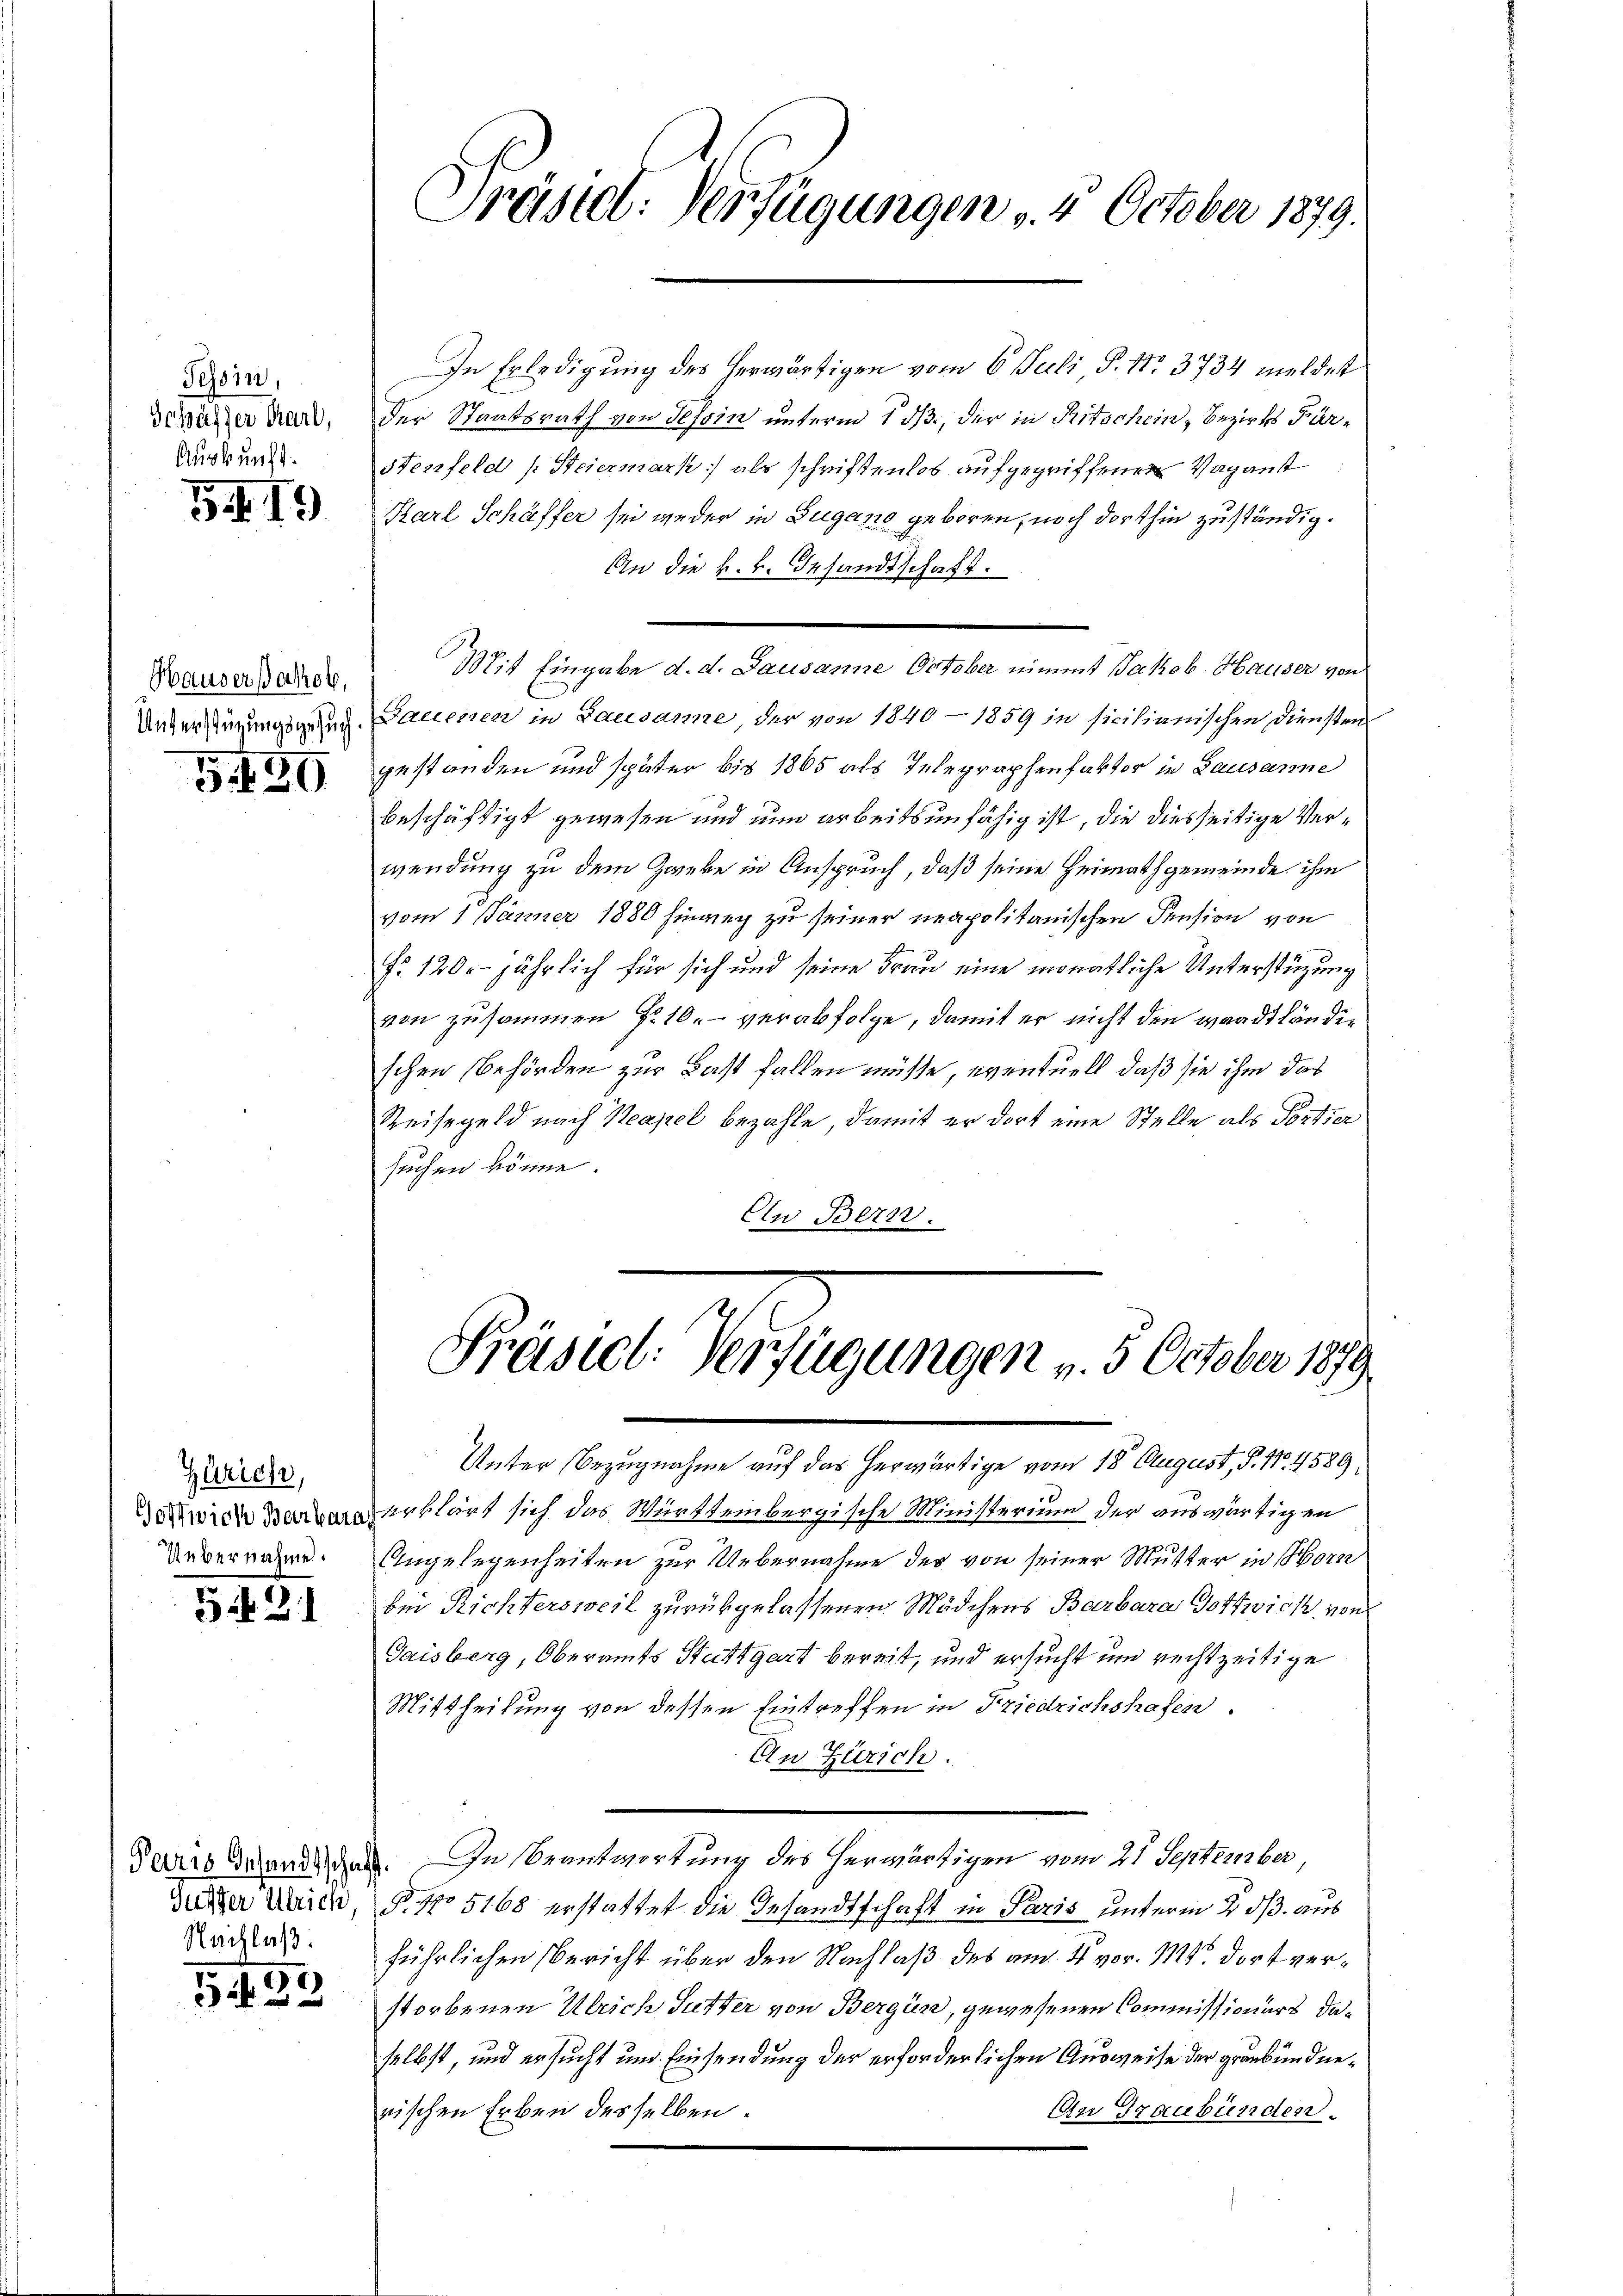
Tessin,
Gechäffer Karl,
Auskunft.

54. 19

Hauser Jakob,
Unterstüzungsgesuch.

5430

Zürich,
Uebernahme.

54. 21

Gutter Ulrich,
Nachlaß.

7

Präsid. Verfügungen 4. October 1879.

In Erledigung des herwärtigen vom 6. Juli P. Nr. 3734 meldet
der Staatsrath von Tessin unterm 1 dß, der in Ritschein Bezirks Für¬
Stenfeld (Steiermark, als schriftenlos aufgegriffenen Vaganst
Karl Schäffer sei weder in Zugano geboren, noch dorthin zuständig.
An die k. k. Gesandtschaft.
Mit Eingabe d. d. Lausanne October nimmt Jakob Hauser von
Gauenen in Lausanne der von 1840 - 1859 in sicilianischen Diensten
gestanden und später bis 1865 als Telegraphenfektor in Lausanne
beschäftigt gewesen und nun arbeitsunfähig ist, die diesseitige Verwendung zu dem Zweke in Anspruch, daß seine Heimathgemeinde ihm
vom 1. Jänner 1880 hinweg zu seiner neapolitanischen Pension von
Fr. 120. jährlich für sich und seine Frau eine monatliche Unterstützung
von zusammen Fr. 10. verabfolge, damit er nicht den waadtländen
schen Behörden zur Last fallen müsse, eventuell, daß sie ihm das
Reisegeld nach Neapel bezahle, damit er dort eine Stelle als Portier
suchen könne.
Cn Bern.

Präsid. Verfügungen v. 3. October 189.

Unter Bezugnahme auf das herwärtige vom 18. August, S. 11. 4589,
dawien erklärt sich das Württembergische Ministerium der auswärtigen
Angelegenheiten zur Uebernahme des von seiner Mutter in Horn
bei Richtersweil zurükgelassenen Mädchens Barbara Dottwick, von
Gaisberg, Oberamts Stuttgart bereit, und ersucht und rechtzeitige
Mittheilung von dessen Eintreffen in Friedrichshafen.
Un Zürich.
Tarro delendigen. In beantwortung des herwärtigen vom 21. September,
§. No 5168 erstattet die Gesandtschaft in Paris unterm 2. ds. aus
führlichen Bericht über den Nachlaß des am 4. vor. Mt. dort verstorbenen Ulrich Gutter von Bergün, gewesenen Commissionärs daselbst, und ersucht und Einsendung der erforderlichen Ausweise der graubündne¬
An Graubünden.
rischen Erben desselben.